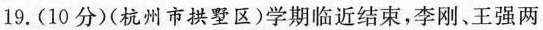
19.(10分)(杭州市拱墅区)学期临近结束，李刚、王强两